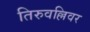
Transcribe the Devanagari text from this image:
तिरुवल्लिवर